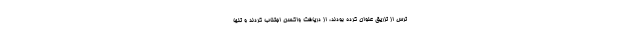
ترس از تزریق عنوان کرده بودند، از دریافت واکسن اجتناب کردند و تنها